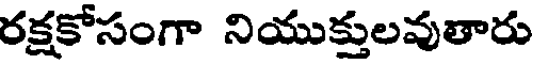
రక్షకోసంగా నియుక్తులవుతారు